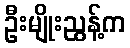
ဦးမျိုးညွန့်က